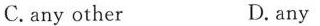
C.any other D.any